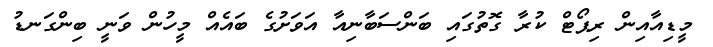
މީޑިއާއިން ރިޕޯޓް ކުރާ ގޮތުގައި ބަންސަބާނިއާ އަވަށުގެ ބައެއް މީހުން ވަނީ ބިންގަނޑު